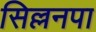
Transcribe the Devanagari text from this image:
सिल्लनपा